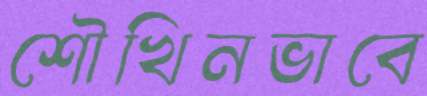
শৌখিনভাবে